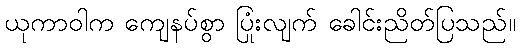
ယုကာဝါက ကျေနပ်စွာ ပြုံးလျက် ခေါင်းညိတ်ပြသည်။